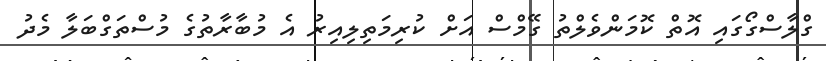
ގްލާސްގޯގައި އޮތް ކޮމަންވެލްތު ގޭމްސް އަށް ކުރިމަތިލިއިރު އެ މުބާރާތުގެ މުސްތަގްބަލާ މެދު